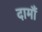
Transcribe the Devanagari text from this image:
दामौं